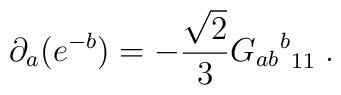
\partial_a (e^{-b}) = -\frac{\sqrt{2}}{3}{{G_{ab}}^b}_{11} \; .